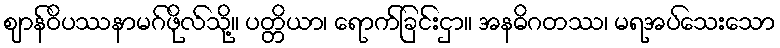
ဈာန်ဝိပဿနာမဂ်ဖိုလ်သို့။ ပတ္တိယာ၊ ရောက်ခြင်းငှာ။ အနဓိဂတဿ၊ မရအပ်သေးသော